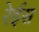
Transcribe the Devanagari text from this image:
रेईस